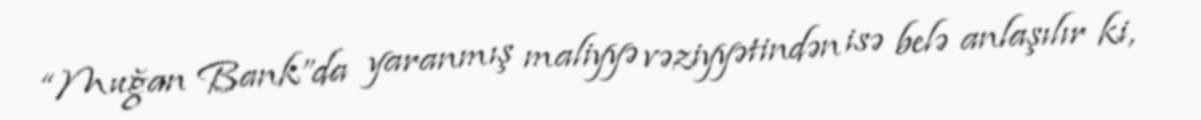
“Muğan Bank”da yaranmış maliyyə vəziyyətindən isə belə anlaşılır ki,